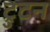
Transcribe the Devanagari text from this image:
ट्रुटन